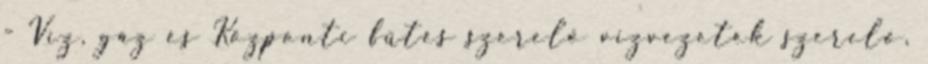
- Víz, gáz és Központi fűtés szerelő vízvezeték szerelő,